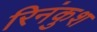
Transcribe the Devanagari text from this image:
रिनंकुश